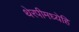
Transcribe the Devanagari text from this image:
थेरपीमध्येहि